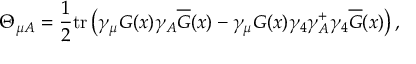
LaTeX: \Theta _ { \mu A } = \frac 1 2 \mathrm { t r } \left( \gamma _ { \mu } G ( x ) \gamma _ { A } \overline { { { G } } } ( x ) - \gamma _ { \mu } G ( x ) \gamma _ { 4 } \gamma _ { A } ^ { + } \gamma _ { 4 } \overline { { { G } } } ( x ) \right) ,